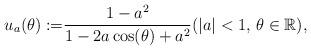
LaTeX: \begin{align*}u_a(\theta) :=& \frac{1-a^2}{1-2a\cos (\theta)+a^2} ( |a |<1,\, \theta\in\mathbb{R}) , \end{align*}